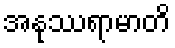
အနုဿရာမာတိ